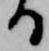
る